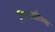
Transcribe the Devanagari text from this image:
सिल्वरहील्स